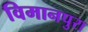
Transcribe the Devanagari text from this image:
विमानपुरा